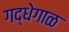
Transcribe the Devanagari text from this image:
गद्धेगाळ